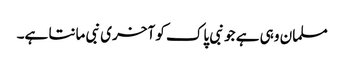
مسلمان وہی ہے جو نبی پاک کو آخری نبی مانتا ہے۔